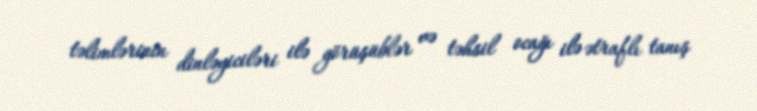
təlimlərinin dinləyiciləri ilə görüşüblər və təhsil ocağı ilə ətraflı tanış